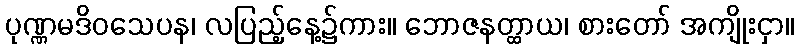
ပုဏ္ဏမဒိဝသေပန၊ လပြည့်နေ့၌ကား။ ဘောဇနတ္ထာယ၊ စားတော် အကျိုးငှာ။